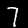
Digit: 7